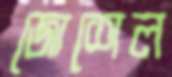
জোশেল